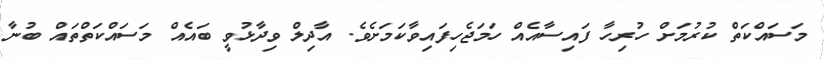
މަސައްކަތް ކުރުމަށް ހުރިހާ ފައިސާއެއް ހަމަޖެހިފައިވާކަމަށެވެ. އާދިލް ވިދާޅުވީ ބައެއް މަސައްކަތްތައް ބުނާ